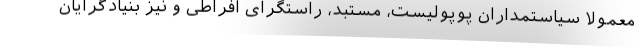
معمولا سیاستمداران پوپولیست، مستبد، راستگرای افراطی و نیز بنیادگرایان